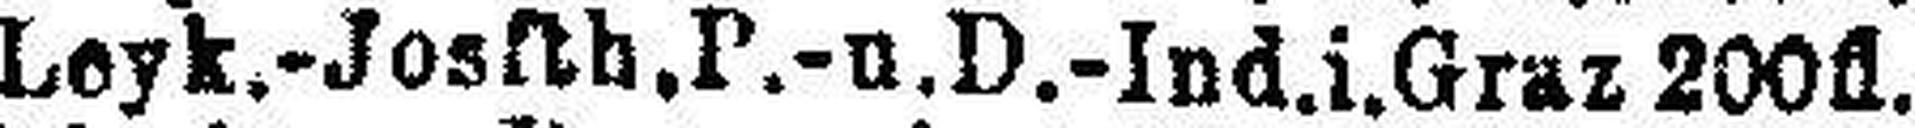
Leyk.-Josfth.P. -u. D.-Ind.i.Graz 200fl.